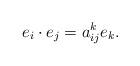
LaTeX: \begin{align*}e_{i}\cdot e_{j}=a_{ij}^{k}e_{k}.\end{align*}